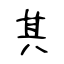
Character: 其